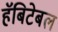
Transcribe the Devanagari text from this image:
हॅबिटेबल